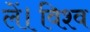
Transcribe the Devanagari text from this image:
लें।विश्व